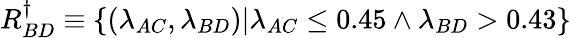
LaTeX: R_{BD}^{\dagger}\equiv\{ (\lambda_{AC},\lambda_{BD})|{\lambda_{AC}\leq 0.45\wedge\lambda_{BD}>0.43}\}